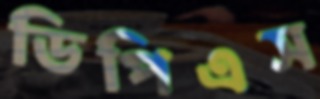
ডিপিএস